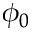
\phi _ { 0 }